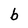
Character: b